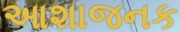
આશાજનક